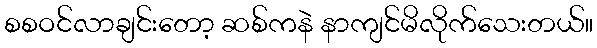
စစဝင်လာချင်းတော့ ဆစ်ကနဲ နာကျင်မိလိုက်သေးတယ်။